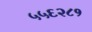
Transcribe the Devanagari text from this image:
५५६२८१